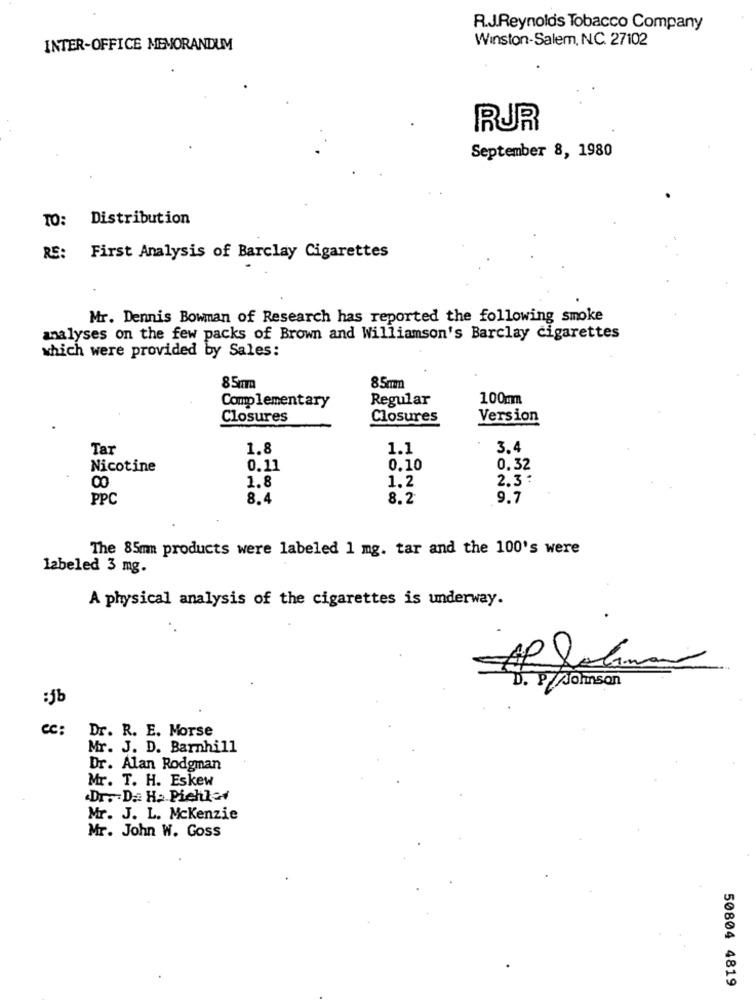
R.J.Reynolds Tobacco Company
Winston-Salem, N.C. 27102
INTER-OFFICE MEMORANDUM
RUR
September 8, 1980
TO: Distribution
RE: First Analysis of Barclay Cigarettes
Mr. Dennis Bowman of Research has reported the following smoke
analyses on the few packs of Brown and Williamson's Barclay cigarettes
which were provided by Sales:
8 5mm
85mm
Complementary
Regular
100mm
Closures
Closures
Version
Tar
1.8
1.1
3.4
Nicotine
0.11
0.10
0.32
1.8
1.2
2.3:
PPC
8.4
8.2
9.7
The 85mm products were labeled 1 mg. tar and the 100's were
labeled 3 mg.
A physical analysis of the cigarettes is underway.
D. P. Johnson
cc :
Dr. R. E. Morse
Mr. J. D. Barnhill
Dr. Alan Rodgman
Mr. T. H. Eskew
.Dr. D .: H. Pichler
Mr. J. L. Mckenzie
Mr. John W. Goss
50804 4819